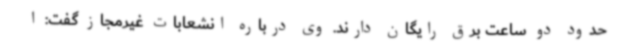
حدود دو ساعت برق رایگان دارند. وی درباره انشعابات غیرمجاز گفت:‌ ا